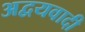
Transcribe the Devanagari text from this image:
अद्वयवादी